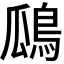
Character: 𪀅